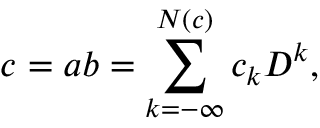
c = a b = \sum _ { k = - \infty } ^ { N ( c ) } c _ { k } D ^ { k } ,